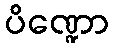
ပိဏ္ဍော